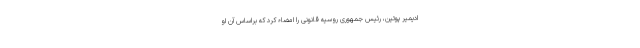
ادیمیر پوتین، رئیس جمهوری روسیه قانونی را امضاء کرد که براساس آن او